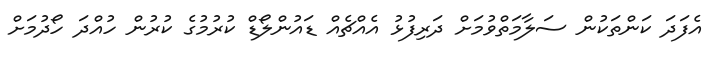
އެފަދަ ކަންތަކުން ސަލާމަތްވުމަށް ދަރިފުޅު އެއްޗެއް ޑައުންލޯޑް ކުރުމުގެ ކުރުން ހުއްދަ ހޯދުމަށް